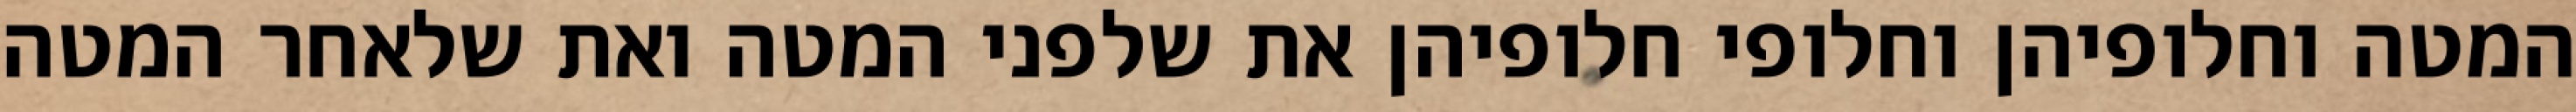
המטה וחלופיהן וחלופי חלופיהן את שלפני המטה ואת שלאחר המטה